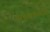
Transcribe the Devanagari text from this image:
परदुःखकातरता